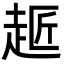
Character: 䞪